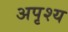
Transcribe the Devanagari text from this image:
अपृश्‍य